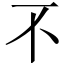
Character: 不